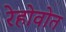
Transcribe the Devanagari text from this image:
रेहोवोत